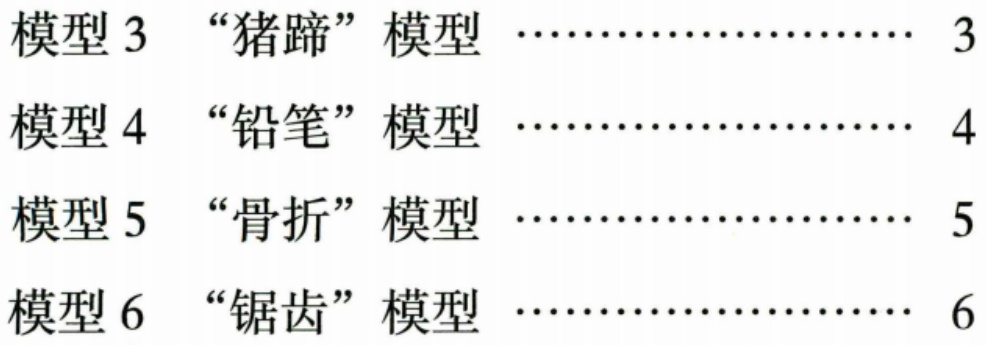
模型 3  “猪蹄”模型  …………………… 3
模型 4  “铅笔”模型  …………………… 4
模型 5  “骨折”模型  …………………… 5
模型 6  “锯齿”模型  …………………… 6